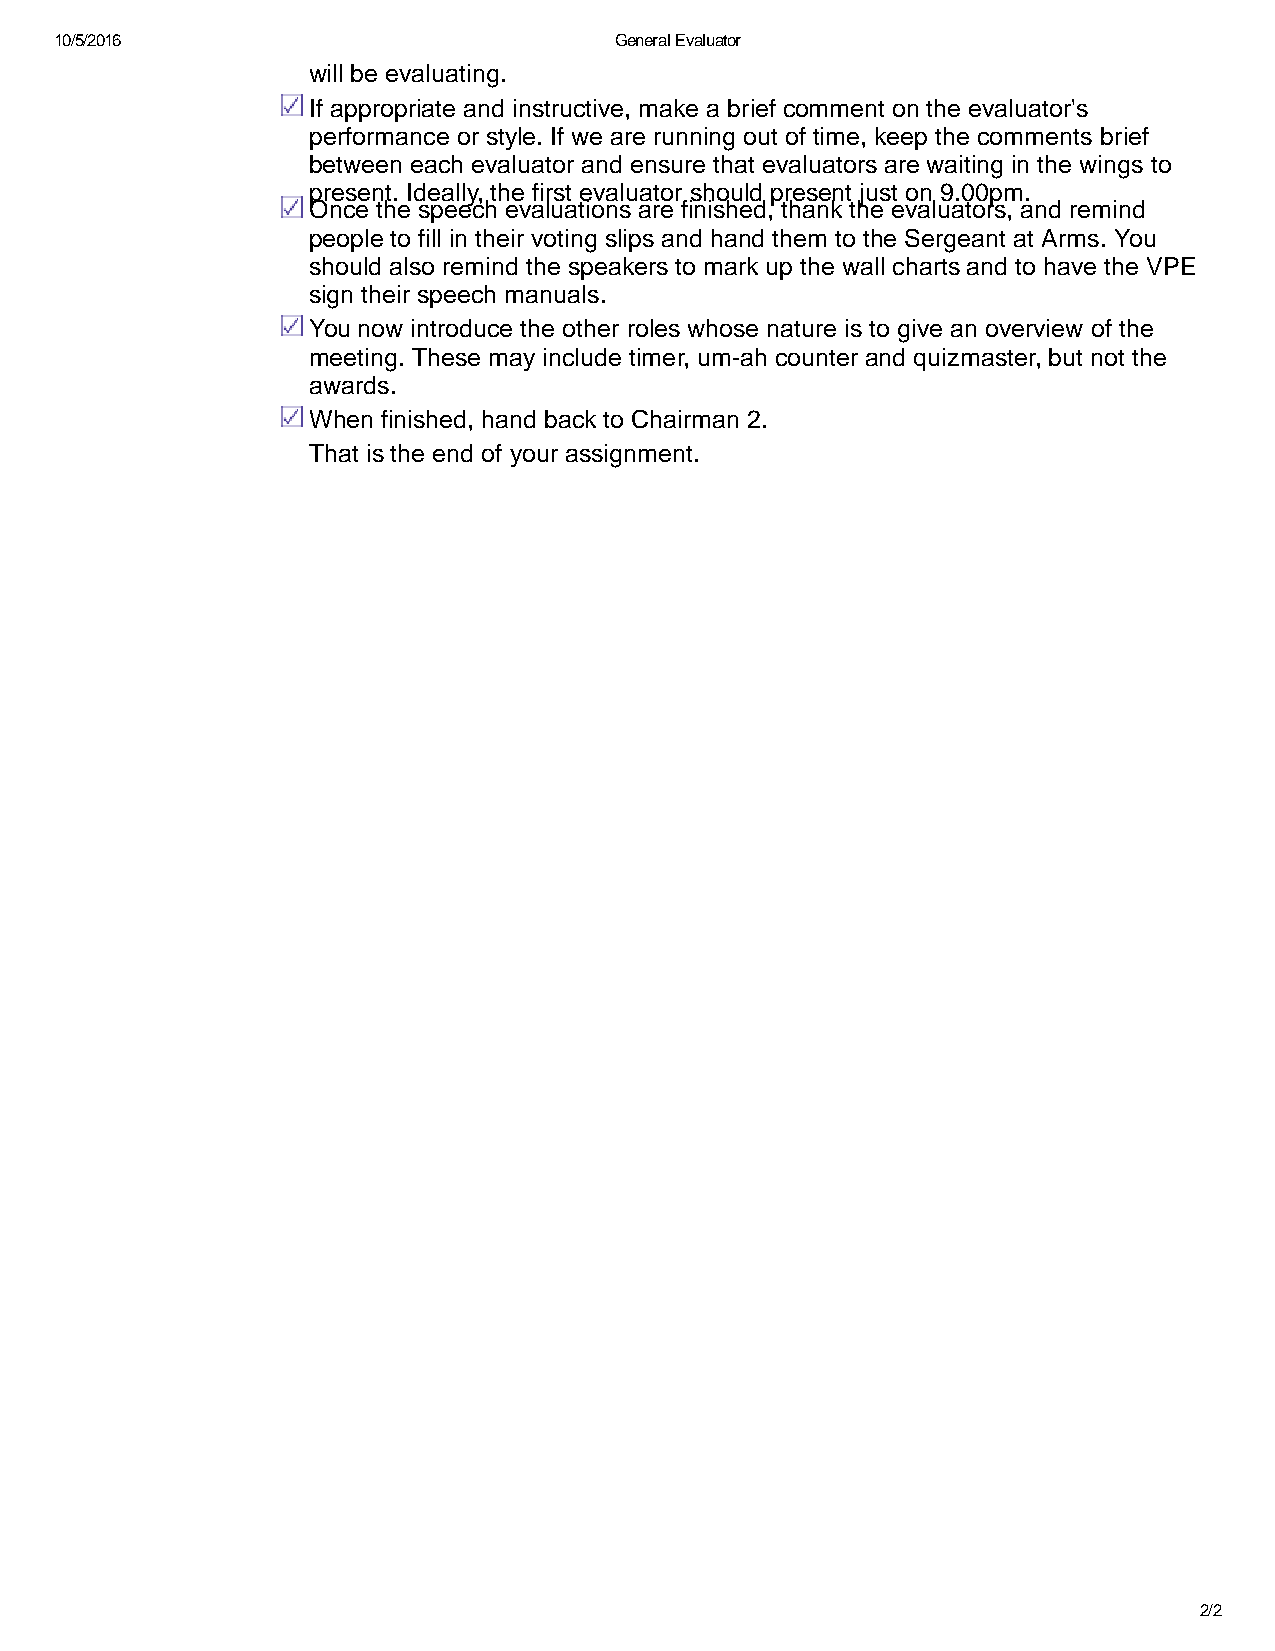
10/5/2016                            General Evaluator
 will be evaluating.
 If appropriate and instructive, make a brief comment on the evaluator's
 performance or style. If we are running out of time, keep the comments brief
 between each evaluator and ensure that evaluators are waiting in the wings to
 present. Ideally, the first evaluator should present just on 9.00pm.
 Once the speech evaluations are finished, thank the evaluators, and remind
 people to fill in their voting slips and hand them to the Sergeant at Arms. You
 should also remind the speakers to mark up the wall charts and to have the VPE
 sign their speech manuals.
 You now introduce the other roles whose nature is to give an overview of the
 meeting. These may include timer, um ah counter and quizmaster, but not the
 awards.
 When finished, hand back to Chairman 2.
 That is the end of your assignment.
 2/2